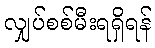
လျှပ်စစ်မီးရရှိရန်